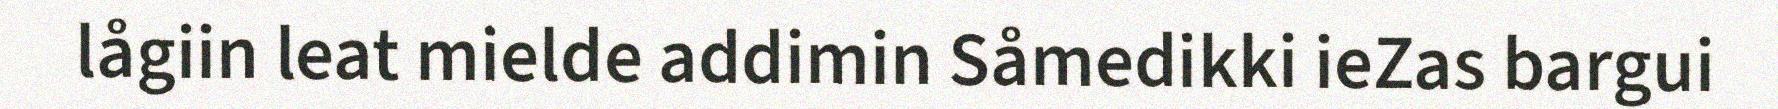
lågiin leat mielde addimin Såmedikki ieZas bargui